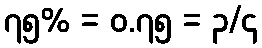
၇၅% = ၀.၇၅ = ၃/၄